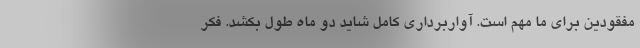
مفقودین برای ما مهم است. آواربرداری کامل شاید دو ماه طول بکشد. فکر